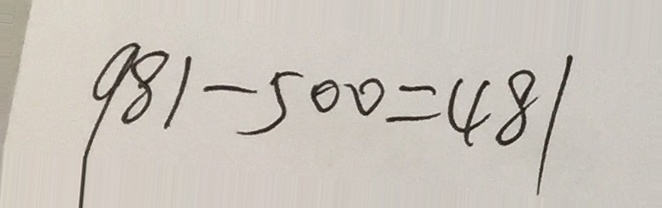
9 8 1 - 5 0 0 = 4 8 1